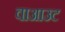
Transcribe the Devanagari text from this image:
वाआउट